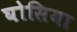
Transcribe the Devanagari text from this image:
घोसिया